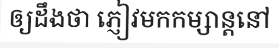
ឲ្យដឹងថា ភ្ញៀវមកកម្សាន្តនៅ